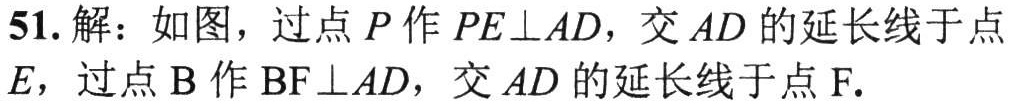
51. 解：如图，过点\(P\)作\(PE\perp AD\)，交\(AD\)的延长线于点\(E\)，过点\(B\)作\(BF\perp AD\)，交\(AD\)的延长线于点\(F\).